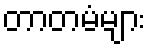
တာတမံများ